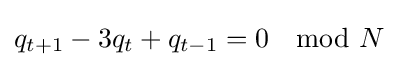
q_{t+1}-3q_{t}+q_{t-1}=0\mod N